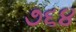
૭૬૪